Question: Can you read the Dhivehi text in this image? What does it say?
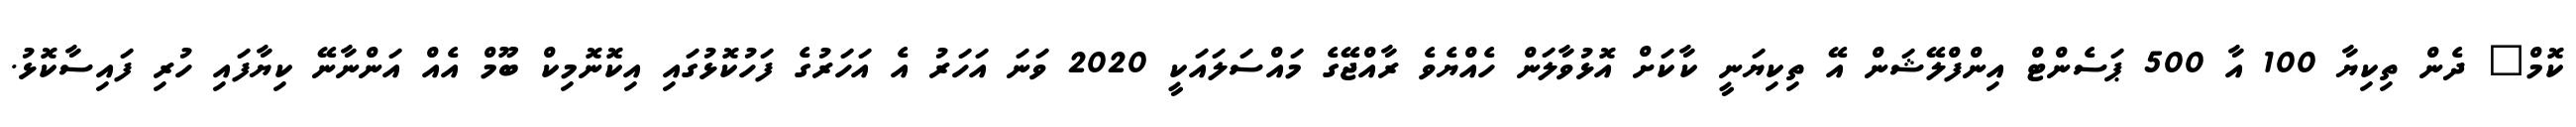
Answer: ކޮމް" ދެން ތިކިޔާ 100 އާ 500 ޕަސެންޓް އިންފްލޭޝަން އޭ ތިކިޔަނީ ކާކަށް އޮޅުވާލަން ހެއްޔެވެ ރާއްޖޭގެ މައްސަލައަކީ 2020 ވަނަ އަހަރު އެ އަހަރުގެ ފަހުކޮޅުގައި އިކޮނޮމިކް ބޫމް އެއް އަންނާނޭ ކިޔާފައި ހުރި ފައިސާކޮޅު.